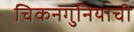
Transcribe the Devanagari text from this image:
चिकनगुनियाची